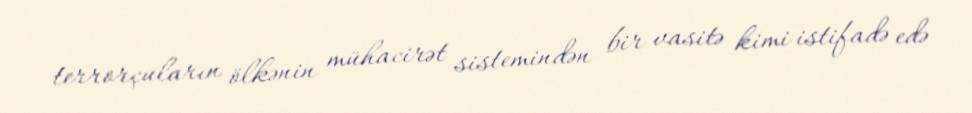
terrorçuların ölkənin mühacirət sistemindən bir vasitə kimi istifadə edə